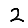
Digit: 2